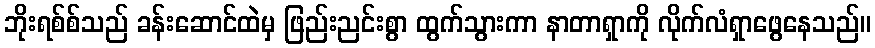
ဘိုးရစ်စ်သည် ခန်းဆောင်ထဲမှ ဖြည်းညင်းစွာ ထွက်သွားကာ နာတာရှာကို လိုက်လံရှာဖွေနေသည်။